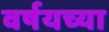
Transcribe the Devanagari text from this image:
वर्षयच्या